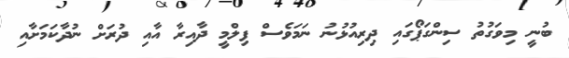
ބުނީ މިވަގުތު ސިންގަޕޯގައި ދިރިއުޅުނު ނަމަވެސް ފިލްމީ ދާއިރާ އާއި ދުރަށް ނުދާކަމަށާއި